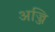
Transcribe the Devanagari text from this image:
अज्जि